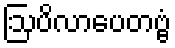
ဩပိလာပေတဗ္ဗံ